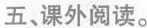
五、课外阅读。